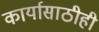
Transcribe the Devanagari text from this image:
कार्यासाठीही